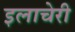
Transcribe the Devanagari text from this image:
इलाचेरी